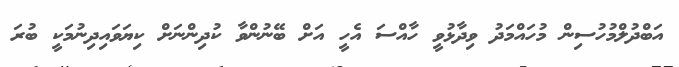
އަބްދުލްމުހުސިން މުހައްމަދު ވިދާޅުވީ ހާއްސަ އެހީ އަށް ބޭނުންވާ ކުދިންނަށް ކިޔަވައިދިނުމަކީ ބުރަ